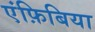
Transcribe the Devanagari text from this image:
एंफ़िबिया